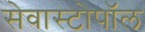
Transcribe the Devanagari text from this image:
सेवास्टोपॉल